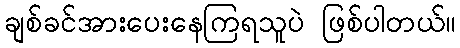
ချစ်ခင်အားပေးနေကြရသူပဲ ဖြစ်ပါတယ်။